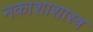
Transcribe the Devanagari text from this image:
नकाशाशास्त्र